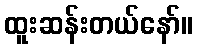
ထူးဆန်းတယ်နော်။